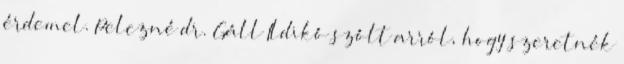
érdemel. Pelczné dr. Gáll Ildikó szólt arról, hogy szeretnék